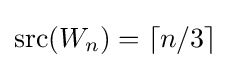
{\text{src}}(W_{n})=\lceil n/3\rceil